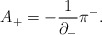
\begin{align*}A_+=-\frac{1}{{\partial}_-}{\pi}^-. \end{align*}